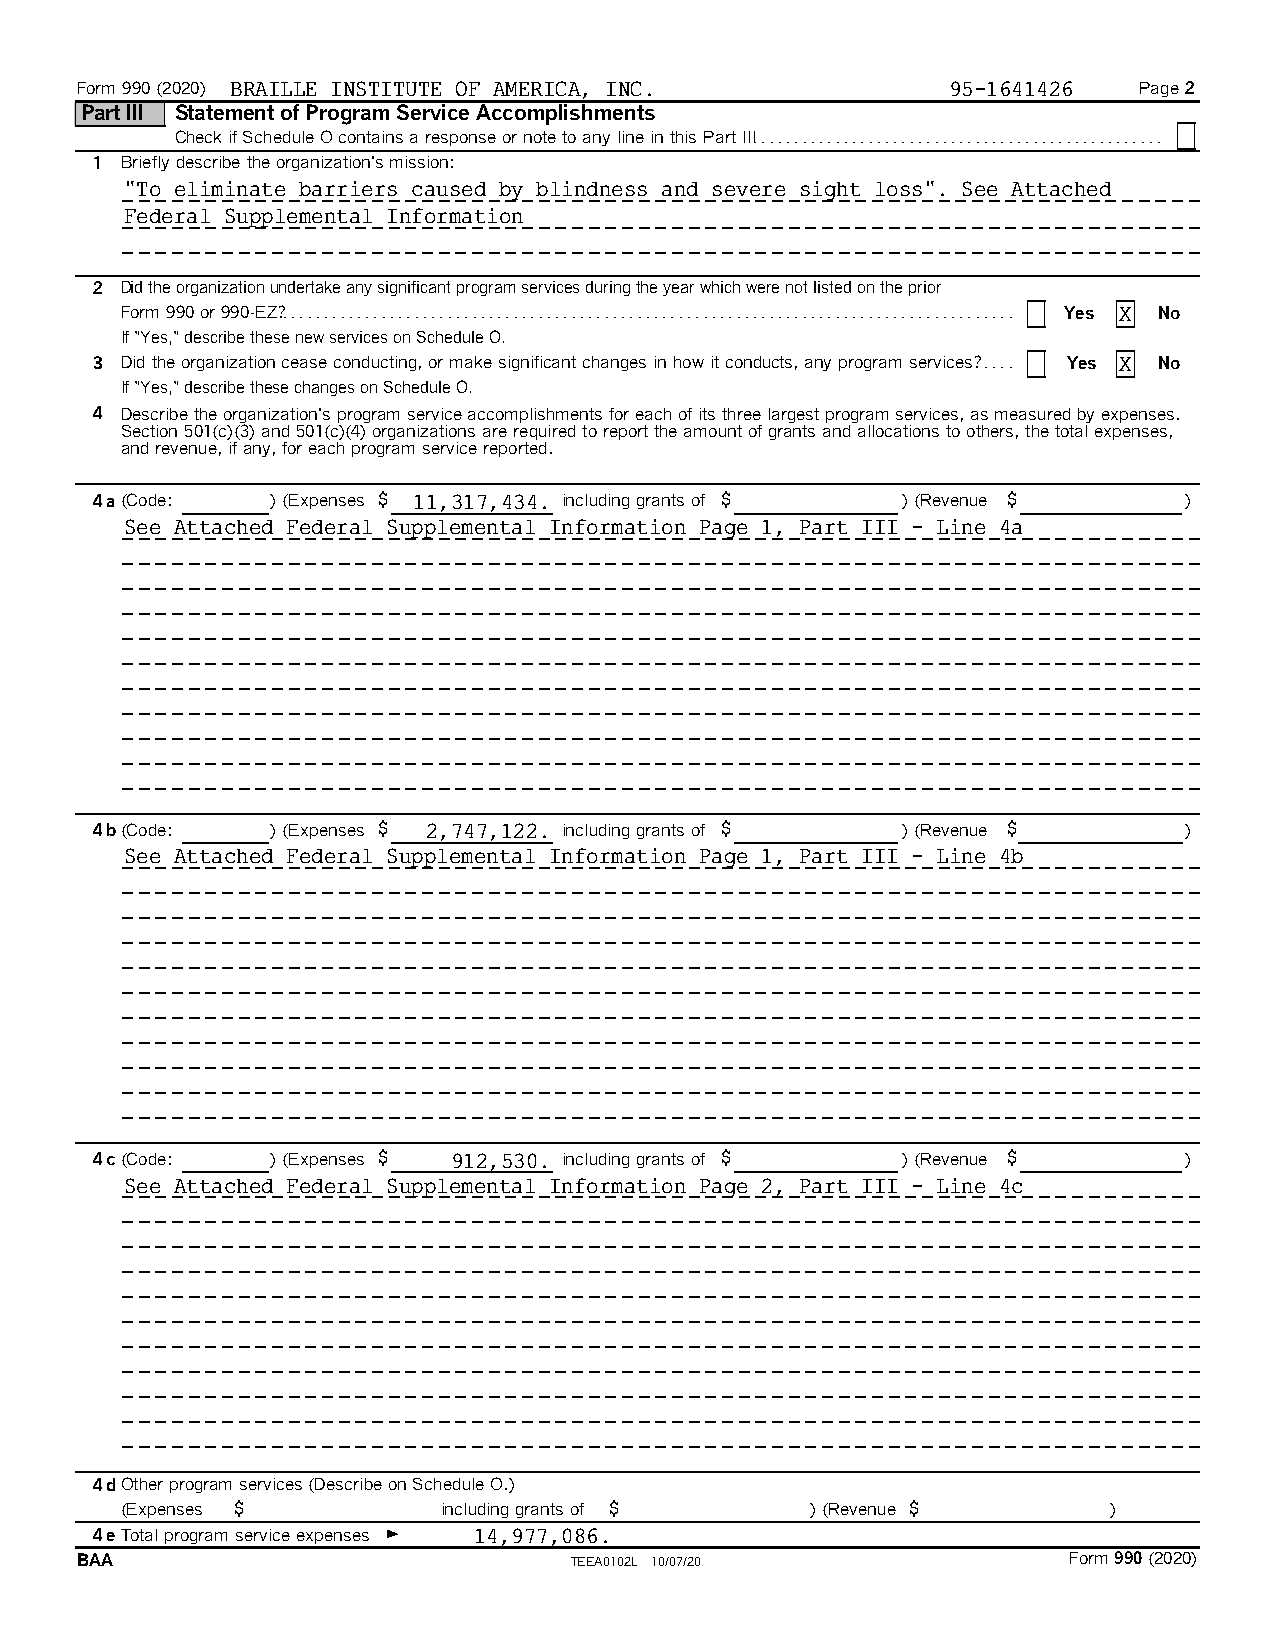
Form 990 (2020) BRAILLE INSTITUTE OF AMERICA, INC.        95-1641426  Page 2
 Part III Statement of Program Service Accomplishments
 Check if Schedule O contains a response or note to any line in this Part III. . . . . . . . . . . . . . . . . . . . . . . . . . . . . . . . . . . . . . . . . . . . . . . . . .
 1 Briefly describe the organization's mission:
 "To eliminate barriers caused by blindness and severe sight loss". See Attached
 Federal Supplemental Information
 2 Did the organization undertake any significant program services during the year which were not listed on the prior
 Form 990 or 990-EZ?. . . . . . . . . . . . . . . . . . . . . . . . . . . . . . . . . . . . . . . . . . . . . . . . . . . . . . . . . . . . . . . . . . . . . . . . . . . . . . . . . . . . . . . . . Yes X No
 If "Yes," describe these new services on Schedule O.
 3 Did the organization cease conducting, or make significant changes in how it conducts, any program services?. . . . Yes X No
 If "Yes," describe these changes on Schedule O.
 4 Describe the organization's program service accomplishments for each of its three largest program services, as measured by expenses.
 Section 501(c)(3) and 501(c)(4) organizations are required to report the amount of grants and allocations to others, the total expenses,
 and revenue, if any, for each program service reported.
 4a(Code:    ) (Expenses $ 11,317,434. including grants of $ ) (Revenue $ )
 See Attached Federal Supplemental Information Page 1, Part III - Line 4a
 4b(Code:    ) (Expenses $ 2,747,122. including grants of $ ) (Revenue $ )
 See Attached Federal Supplemental Information Page 1, Part III - Line 4b
 4c(Code:    ) (Expenses $ 912,530. including grants of $ ) (Revenue $   )
 See Attached Federal Supplemental Information Page 2, Part III - Line 4c
 4dOther program services (Describe on Schedule O.)
 (Expenses $          including grants of $    ) (Revenue $       )
 4eTotal program service expenses G 14,977,086.
 BAA                              TEEA0102L 10/07/20               Form 990(2020)